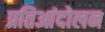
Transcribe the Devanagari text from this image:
प्रतिआंदोलन